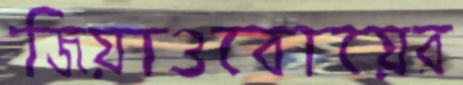
জিয়াওবোয়ের